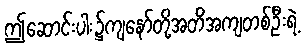
ဤဆောင်းပါး၌ကျနော်တို့အတိအကျတစ်ဦးရဲ့